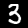
Label: 3